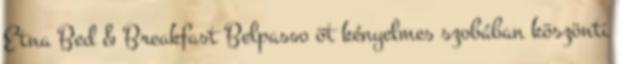
Etna Bed & Breakfast Belpasso öt kényelmes szobában köszönti